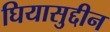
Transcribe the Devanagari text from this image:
घियासुद्दीन